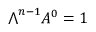
{ \textstyle \bigwedge } ^ { n - 1 } A ^ { 0 } = 1